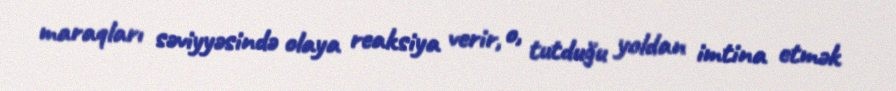
maraqları səviyyəsində olaya reaksiya verir, o, tutduğu yoldan imtina etmək